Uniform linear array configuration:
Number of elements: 24
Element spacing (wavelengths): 0.5
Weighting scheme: hamming
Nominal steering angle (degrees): -45
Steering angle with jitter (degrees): -46.412
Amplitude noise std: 0.05
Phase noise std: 0.05

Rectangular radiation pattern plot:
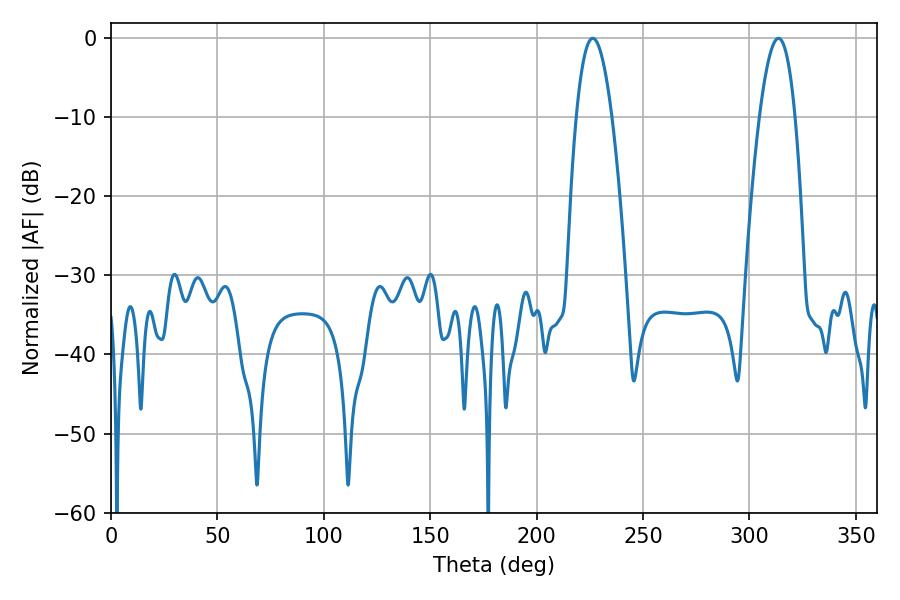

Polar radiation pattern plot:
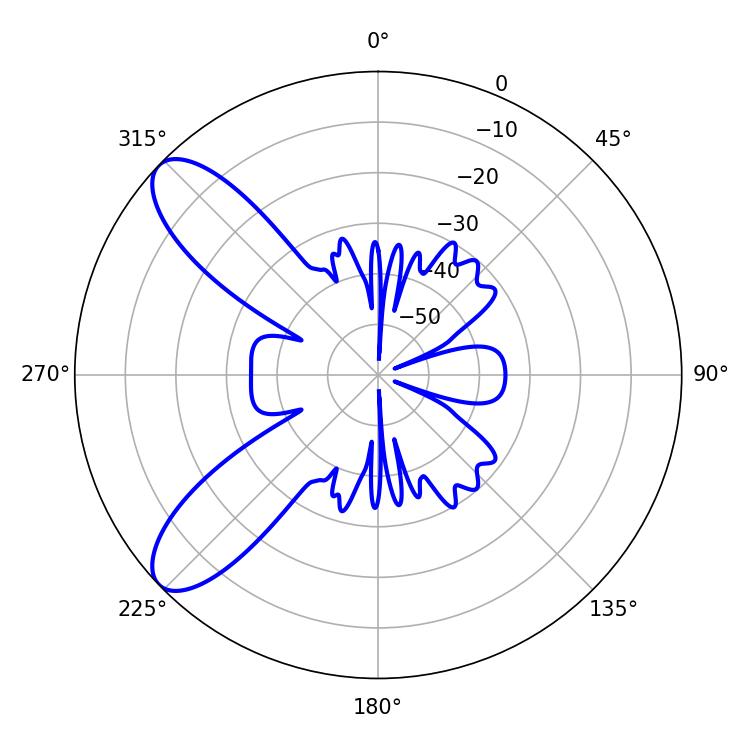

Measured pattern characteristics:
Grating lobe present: FALSE
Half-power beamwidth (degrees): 9.18
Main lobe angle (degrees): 226.44